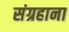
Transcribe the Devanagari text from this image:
संग्रहाना